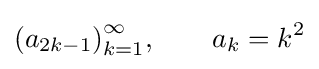
{(a_{2k-1})}_{k=1}^{\infty },\qquad a_{k}=k^{2}